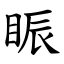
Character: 䀼